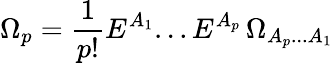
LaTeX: \Omega_{p}=\frac{1}{p!}E^{A_{1}}...E^{A_{p}}\, \Omega_{{A_{p}}...{A_{1}}}